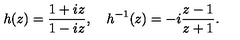
h ( z ) = \frac { 1 + i z } { 1 - i z } , \quad h ^ { - 1 } ( z ) = - i \frac { z - 1 } { z + 1 } .